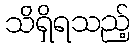
သိရှိရသည့်